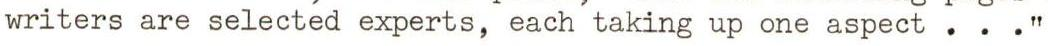
writers are selected experts, each taking up one aspect . . ."